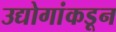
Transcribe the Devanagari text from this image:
उद्योगांकडून